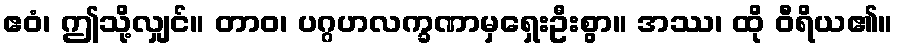
ဧဝံ၊ ဤသို့လျှင်။ တာဝ၊ ပဂ္ဂဟလက္ခဏာမှရှေးဦးစွာ။ အဿ၊ ထို ဝီရိယ၏။